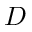
D